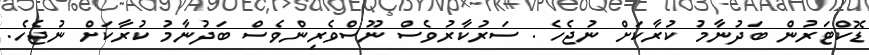
ޑޮކްޓަރުން ބަދުނާމު ކުރާކަށް ނުޖެހެ . ސަރުކާރުވެސް ނޫސްވެރިންވެސް ބަދުނާމު ކުރާކަށް ނުޖެހެ.